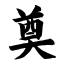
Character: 奠